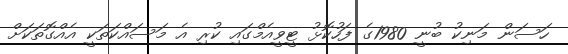
ހަސަން މަނިކު ބުނީ 1980ގެ ފަހުކޮޅު ޓީވީއެމްގައި ކުރި އެ މަސައްކަތަކީ އެއްގޮތަކަށް